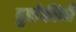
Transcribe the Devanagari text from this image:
बुर्बाकींनी